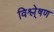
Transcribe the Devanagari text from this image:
विश्ले्षण